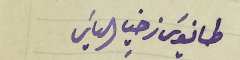
طانيوسَ زخيا الياسَ